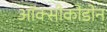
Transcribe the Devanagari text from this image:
ऑक्सीकोडोन